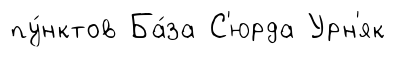
пу́нктов Ба́за С'юрда Урн'як